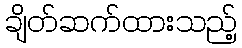
ချိတ်ဆက်ထားသည့်